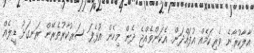
އާލާކުރާނެ ވެރިކަމެއް އުފައްދަން. އެކަންވެއްޖެ ދެން މިހެން އުޅެފަ ސަރުކާރުތެރޭން ރަނގަޅު ޑީލެއް